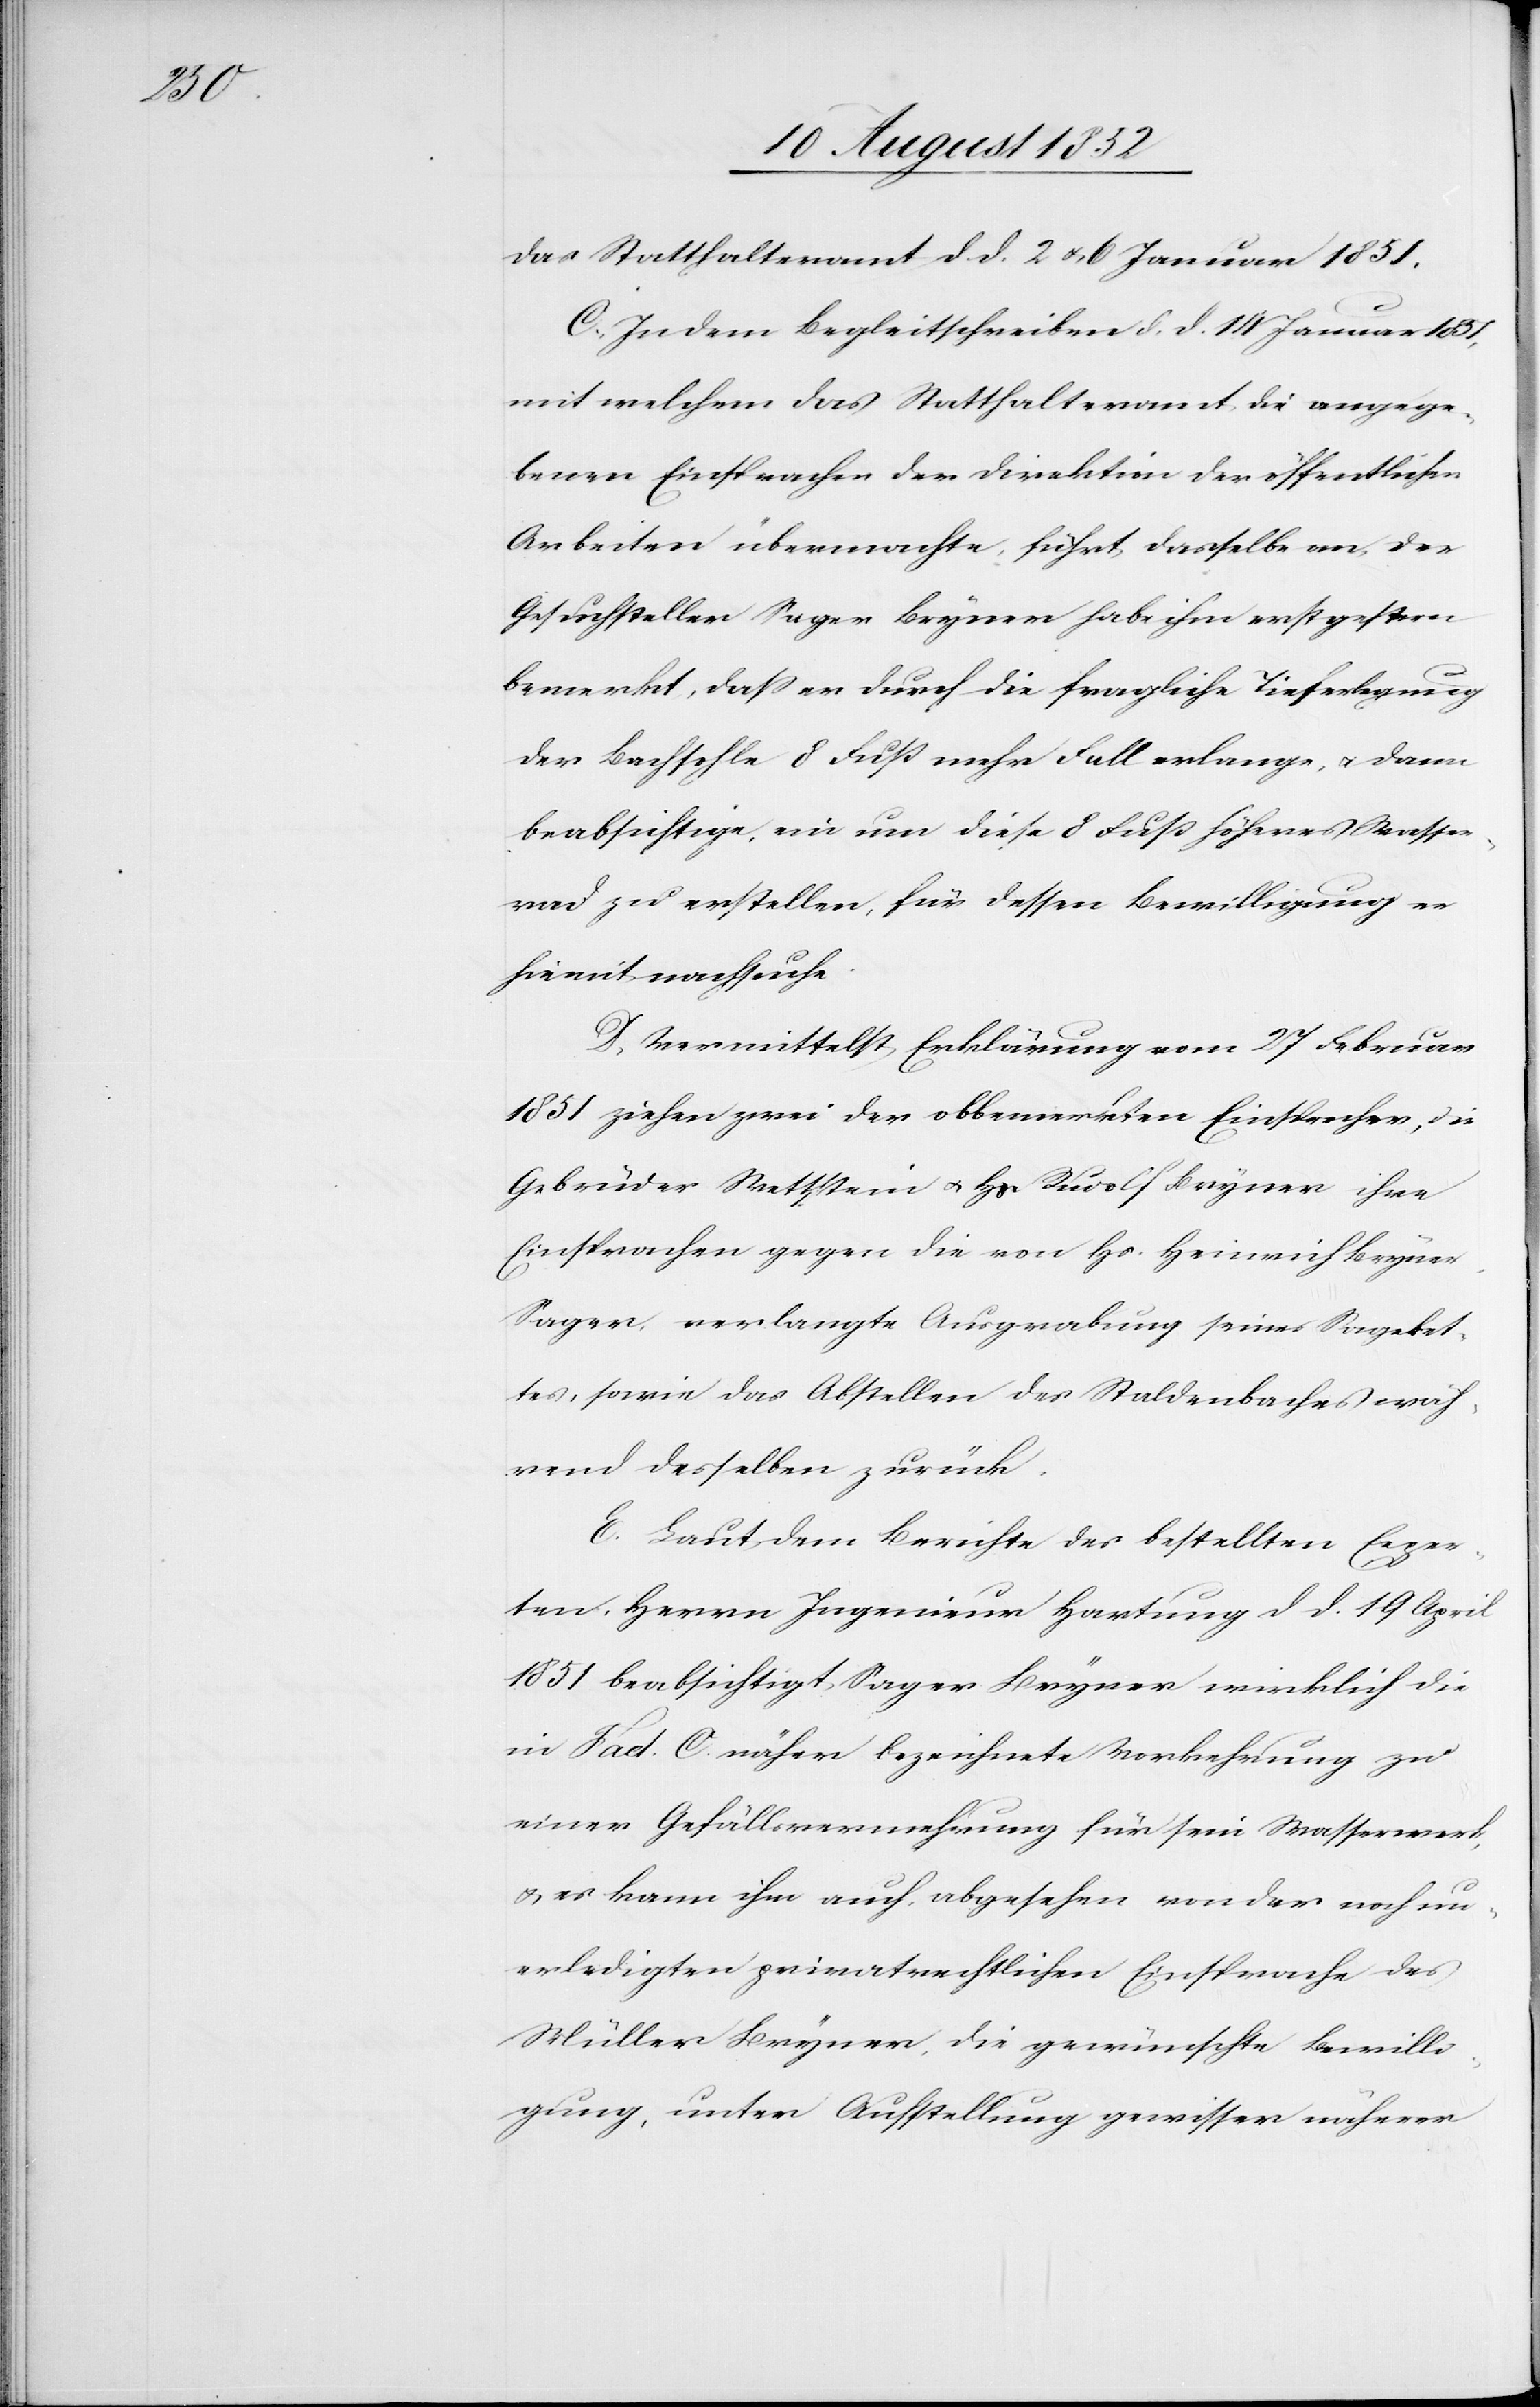
das Statthalteramt d. d. 2 & 6 Januar 1851.
C, In dem Begleitschreiben d. d. 14 Januar 1851,
mit welchem das Statthalteramt die angege¬
benen Einsprachen der Direktion der öffentlichen
Arbeiten übermachte, führt dasselbe an, der
Gesuchsteller Sager Bryner habe ihm erst gestern
bemerkt, dass er durch die fragliche Tieferlegung
der Bachsohle 8 Fuß mehr Fall erlange, & dann
beabsichtige, ein um diese 8 Fuß höheres Wasser¬
rad zu erstellen, für dessen Bewilligung er
hiemit nachsuche.
D, Vermittelst Erklärung vom 27 Februar
1851 ziehen zwei der obbemerkten Einsprecher, die
Gebrüder Wettstein & Hs Rudolf Bryner ihre
Einsprachen gegen die von Hs. Heinrich Bryner,
Sager, verlangte Ausgrabung seines Sageket¬
tes, sowie das Abstellen des Staldenbaches wäh¬
rend desselben zurück.
E. Laut dem Berichte des bestellten Exper¬
ten, Herrn Ingenieur Hartung d d. 19 April
1851 beabsichtigt Sager Bryner wirklich die
in Fact. C. näher bezeichnete Vorkehrung zu
einer Gefällsvermehrung für sein Wasserwerk,
& es kann ihm auch, abgesehen von der noch un¬
erledigten privatrechtlichen Einsprache des
Müller Bryner, die gewünschte Bewilli¬
gung, unter Aufstellung gewisser näherer